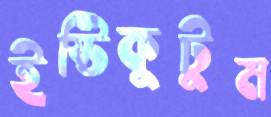
ইষ্টিকুটুম